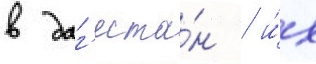
в даг'еста́н / и́х